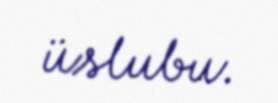
üslubu.